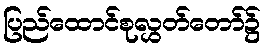
ပြည်ထောင်စုလွှတ်တော်၌